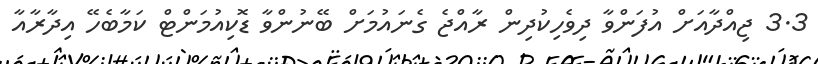
3.3 ޖިއްދާއަށް އުފަންވާ ދިވެހިކުދިން ރާއްޖެ ގެނައުމަށް ބޭނުންވާ ޑޮކިއުމަންޓް ކަމާބެހޭ އިދާރާއާ